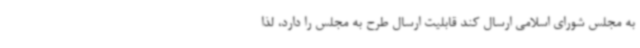
به مجلس شورای اسلامی ارسال کند قابلیت ارسال طرح به مجلس را دارد، لذا